Leaving Certificate Examination, 1914
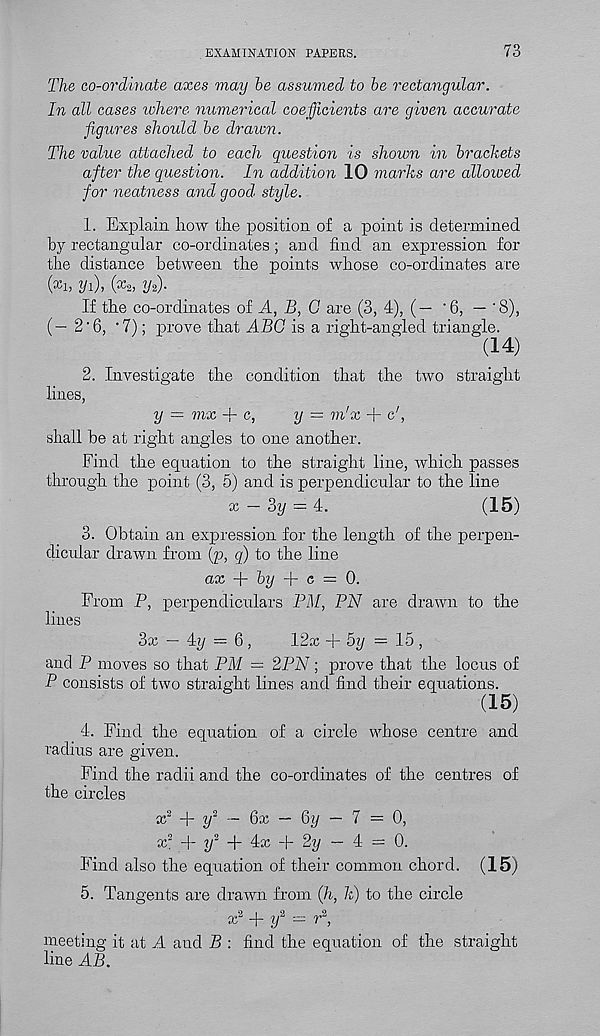
EXAMINATION PAPERS.
73
The co-ordinate axes may he assumed to he rectangular.
In all cases lohere numerical coefficients are given accurate
figures should he dr aim.
The value attached to each question is shown in brackets
after the question. In addition 10 marks are allowed
for neatness and good, style.
1. Explain how the position of a point is determined
by rectangular co-ordinates; and find an expression for
the distance between the points whose co-ordinates are
(x h yf), (x 2) yf).
If the co-ordinates of A, B, G are (3, 4), (— '6, — ’8),
(— 2'6, •?); prove that ABC is a right-angled triangle.
(14)
2. Investigate the condition that the two straight
lines,
y = mx + c,
y = m'x -]- c',
shall he at right angles to one another.
Find the equation to the straight line, which passes
through the point (3, 5) and is perpendicular to the line
x — 3y = 4.
(15)
3. Obtain an expression for the length of the perpen-
dicular drawn from (p, g) to the line
ax + by + e = 0.
From P, perpendiculars PM, PA 7 are drawn to the
lines
3x — 4y = 6,
12x + 5y = 15 ,
and P moves so that PM = 2PN; prove that the locus of
P consists of two straight lines and find their equations.
(15)
4. Find the equation of a circle whose centre and
radius are given.
Find the radii and the co-ordinates of the centres of
the circles
x 2 + y 2 — 6x — Qy — 7 = 0,
x 2 + y 2 + 4x -[- 2y — 4 = 0.
Find also the equation of their common chord. (15)
5. Tangents are drawn from Qi, k) to the circle
9 i 9
9
x + y = r',
meeting it at A and B : find the equation of the straight
line AB.